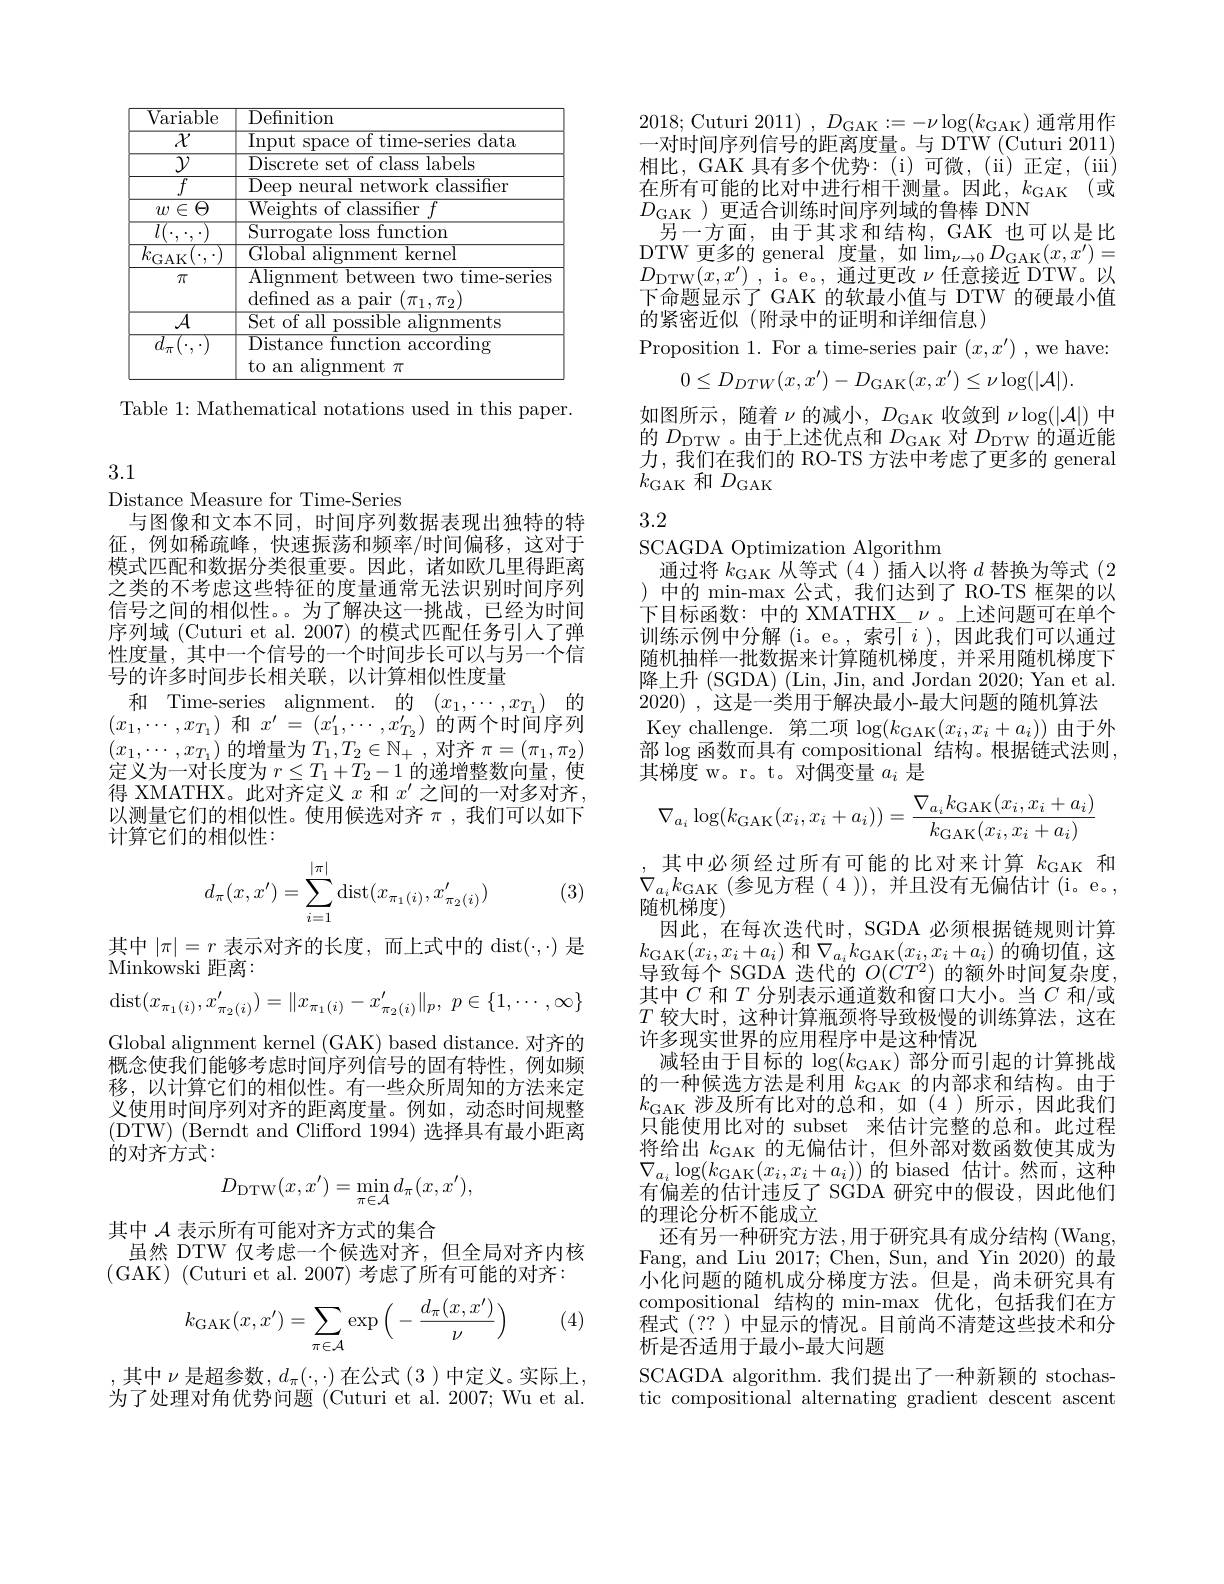
<table>
	<tbody>
		<tr>
			<th>${\overline{{Variable}}}$</th>
			<th>Definition</th>
		</tr>
		<tr>
			<td>$\overline{\mathcal{X}}$ $\overline{\mathcal{Y}}$ $l^{*}$</td>
			<td>Input space of time-series data ${\mathrm{Discrete~set~of~class~labels}}$</td>
		</tr>
		<tr>
			<td> </td>
			<td>Surrogate loss function</td>
		</tr>
		<tr>
			<td>$^{\nu }$GAK$\setminus $, $\pi$</td>
			<td>$\mathbf{LIUI}$ Alignment betweem $t_{\mathrm{WO~time}}$ $3\Upsilon1\rho$</td>
		</tr>
		<tr>
			<td>11</td>
			<td>defined as a pair $(\pi_1,\pi_2)$ Vat</td>
		</tr>
		<tr>
			<td>$\overline{d_{\pi}(\cdot,\cdot)}$</td>
			<td>$\overline{\mathrm{Distance~function~according}}$ to an alignment $\pi$</td>
		</tr>
	</tbody>
</table>

Table 1: Mathematical notations used in this paper.

3.1

Distance Measure for Time-Series
与图像和文本不同，时间序列数据表现出独特的特征，例如稀疏峰，快速振荡和频率/时间偏移，这对于模式匹配和数据分类很重要。因此，诸如欧几里得距离之类的不考虑这些特征的度量通常无法识别时间序列信号之间的相似性。。为了解决这一挑战，已经为时间序列域 (Cuturi et al. 2007) 的模式匹配任务引人了弹性度量，其中一个信号的一个时间步长可以与另一个信号的许多时间步长相关联，以计算相似性度量
和 Time-series alignment. 的$(x_1,\cdots,x_{T_1})$的$(x_{1},\cdots,x_{T_{1}})$和$x^\prime=(x_{1}^{\prime},\cdots,x_{T_{2}}^{\prime})$的两个时间序列$(x_{1},\cdots,x_{T_{1}})$的增量为$T_1,T_{2}\in\mathbb{N}_{+}$,对齐$\pi=(\pi_1,\pi_2)$ 定义为一对长度为$r\leq T_1+T_2-1$的递增整数向量，使得 XMATHX。此对齐定义$x$和$x^\prime$之间的一对多对齐， 以测量它们的相似性。使用候选对齐$\pi$ ,我们可以如下计算它们的相似性：
$$d_\pi(x,x')=\sum\limits_{i=1}^{|\pi|}\operatorname{dist}(x_{\pi_1(i)},x'_{\pi_2(i)})$$
(3)

其中$|\pi|=r$ 表示对齐的长度，而上式中的$\operatorname{dist}(\cdot,\cdot)$ 是
Minkowski 距离：
$$\operatorname{dist}(x_{\pi_1(i)},x'_{\pi_2(i)})=\|x_{\pi_1(i)}-x'_{\pi_2(i)}\|_p,\:p\in\{1,\cdots,\infty\}$$
Global alignment kernel (GAK) based distance. 对齐的概念使我们能够考虑时间序列信号的固有特性，例如频移，以计算它们的相似性。有一些众所周知的方法来定义使用时间序列对齐的距离度量。例如，动态时间规整(DTW) (Berndt and Clifford 1994)选择具有最小距离的对齐方式：
$$D_{\mathrm{DTW}}(x,x')=\min_{\pi\in\mathcal{A}}d_{\pi}(x,x'),$$
其中$\mathcal{A}$表示所有可能对齐方式的集合
虽然 DTW 仅考虑一个候选对齐，但全局对齐内核
(GAK)(Cuturi et al.2007)考虑了所有可能的对齐：

(4)
$$k_{\text{GAK}}(x,x')=\sum_{\pi\in\mathcal{A}}\exp\Big(-\frac{d_\pi(x,x')}{\nu}\Big)$$
,其中$\nu$是超参数$,d_\pi(\cdot,\cdot)$在公式(3)中定义。实际上. 为了处理对角优势问题 (Cuturi et al.2007; Wu et al.

2018; Cuturi 2011) , $D_{\mathrm{GAK}}: = - \nu \log ( k_{\mathrm{GAK}})$通常用作一对时间序列信号的距离度量。与 DTW (Cuturi 2011) 相比，GAK 具有多个优势：(i)可微，(ii)正定，(iii) 在所有可能的比对中进行相干测量。因此，$k_\mathrm{GAK}$(或$D_{\mathrm{GAK}}$)更适合训练时间序列域的鲁棒 DNN
另一方面，由于其求和结构，GAK 也可以是比DTW 更多的 general 度量，如$\lim_\nu\to0D_{\mathrm{GAK}}(x,x^{\prime})=$ $\begin{array}{l}{D_{\mathrm{DTW}}(x,x^{\prime}),\mathrm{~i。e.,~通过更改~}\nu\text{ 任意接近 DTW。以}}\\{\text{工个时日一}}&{\mathrm{~GAV~}\psi_{\mathrm{LH}}+\mathrm{~}\mathrm{~th~=~prmwr~}\phi_{\mathrm{L}}}\end{array}$ 下命题显示了 GAK 的软最小值与 DTW 的硬最小值的紧密近似(附录中的证明和详细信息)
Proposition 1. For a time-series pair $(x,x^{\prime})$ , we have:
$$0\leq D_{DTW}(x,x')-D_{\mathrm{GAK}}(x,x')\leq\nu\log(|\mathcal{A}|)$$
如图所示，随着$\nu$的减小$,D_\mathrm{GAK}$收敛到$\nu\log(|\mathcal{A}|)$ 中的$D_\mathrm{DTW}$。由于上述优点和$D_\mathrm{GAK}$对$D_\mathrm{DTW}$的逼近能力，我们在我们的 RO-TS 方法中考虑了更多的 general $k_{\mathrm{GAK}}$和$D_\mathrm{GAK}$

# 3.2

SCAGDA Optimization Algorithm
通过将$k_\mathrm{GAK}$从等式(4)插人以将$d$替换为等式 (2 )中的 min-max 公式，我们达到了 RO-TS 框架的以下目标函数：中的 XMATHX\_ $\nu$ 。上述问题可在单个训练示例中分解(i。e。,索引$i)$,因此我们可以通过随机抽样一批数据来计算随机梯度，并采用随机梯度下降上升 (SGDA) (Lin, Jin, and Jordan 2020; Yan et al. 2020) ,这是一类用于解决最小-最大问题的随机算法Key challenge.第二项$\log(k_{\mathrm{GAK}}(x_{i},x_{i}+a_{i}))$由于外$\tilde{\text{部 }\log\text{函数而具有 compositional 结构。根据链式法则}}$, 其梯度 w。r。t。对偶变量$a_i$是
$$\nabla_{a_i}\log(k_{\text{GAK}}(x_i,x_i+a_i))=\frac{\nabla_{a_i}k_{\text{GAK}}(x_i,x_i+a_i)}{k_{\text{GAK}}(x_i,x_i+a_i)}$$
其中必须经过所有可能的比对来计算$k_\mathrm{GAK}$和$\nabla_{a_i}k_{\mathrm{GAK}}\left(\text{参见方程(4)),并且没有无偏估计(i。e。,}\right.$ 随机梯度)
因此，在每次迭代时，SGDA 必须根据链规则计算$k_{\mathrm{GAK}}(x_{i},x_{i}+a_{i})$ 和$\nabla_{a_{i}}k_{\mathrm{GAK}}(x_{i},x_{i}+a_{i})$ 的确切值，这导致每个 SGDA 迭代的$O(CT^2)$的额外时间复杂度， 其中$C$ 和 $T$ 分别表示通道数和窗口大小。当$C$ 和/或$T$较大时，这种计算瓶颈将导致极慢的训练算法，这在许多现实世界的应用程序中是这种情况
减轻由于目标的$\log(k_\mathrm{GAK})$部分而引起的计算挑战的一种候选方法是利用$k_\mathrm{GAK}$的内部求和结构。由于$k_{\mathrm{GAK}}$涉及所有比对的总和，如(4)所示，因此我们只能使用比对的 subset 来估计完整的总和。此过程将给出$k_\mathrm{GAK}$的无偏估计，但外部对数函数使其成为$\nabla_{a_i}\log(k_{\mathrm{GAK}}(x_i,x_i+a_i))$的 biased 估计。然而，这种有偏差的估计违反了 SGDA 研究中的假设，因此他们的理论分析不能成立
还有另一种研究方法，用于研究具有成分结构(Wang, Fang, and Liu 2017; Chen, Sun, and Yin 2020) 的最小化问题的随机成分梯度方法。但是，尚未研究具有compositional 结构的 min-max 优化，包括我们在方程式(??)中显示的情况。目前尚不清楚这些技术和分析是否适用于最小-最大问题
SCAGDA algorithm. 我们提出了一种新颖的 stochastic compositional alternating gradient descent ascent